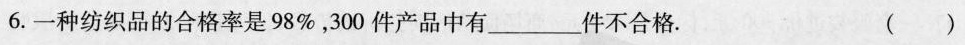
6.一种纺织品的合格率是98%，300件产品中有___件不合格。 ()